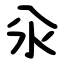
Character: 汆